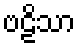
ဗဠိသာ